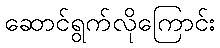
ဆောင်ရွက်လိုကြောင်း